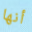
أنها